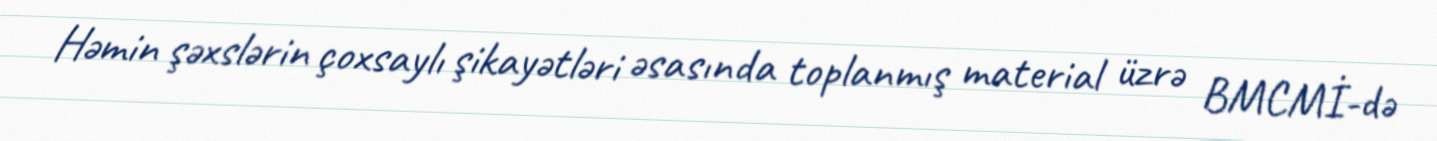
Həmin şəxslərin çoxsaylı şikayətləri əsasında toplanmış material üzrə BMCMİ-də